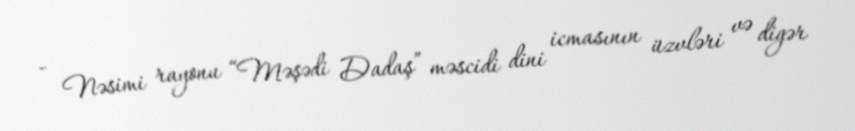
- Nəsimi rayonu “Məşədi Dadaş” məscidi dini icmasının üzvləri və digər